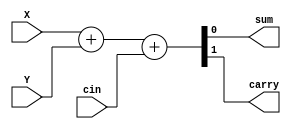
module full_adder (
    input Y,
    input X,
    input cin,
    output wire sum,
    output wire carry
);
assign {carry, sum} = X + Y + cin;
endmodule